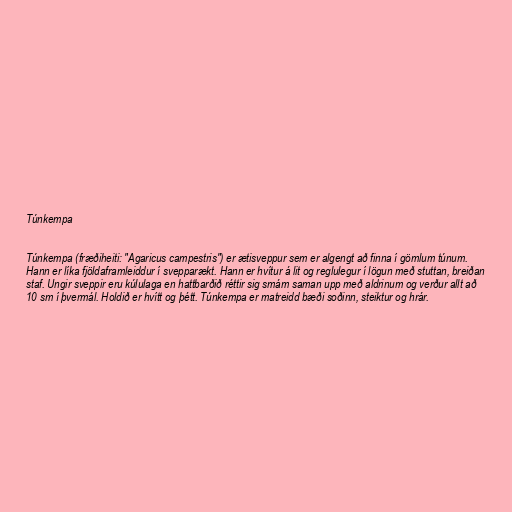
Túnkempa

Túnkempa (fræðiheiti: "Agaricus campestris") er ætisveppur sem er algengt að finna í gömlum túnum.
Hann er líka fjöldaframleiddur í svepparækt. Hann er hvítur á lit og reglulegur í lögun með stuttan, breiðan
staf. Ungir sveppir eru kúlulaga en hattbarðið réttir sig smám saman upp með aldrinum og verður allt að
10 sm í þvermál. Holdið er hvítt og þétt. Túnkempa er matreidd bæði soðinn, steiktur og hrár.